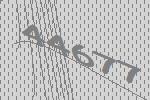
44677